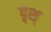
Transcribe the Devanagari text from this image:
दृश्